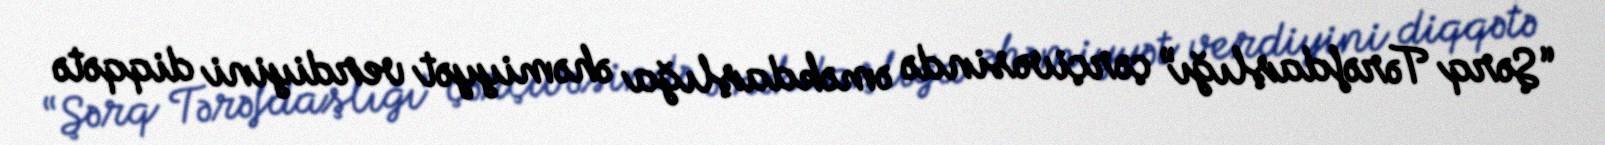
“Şərq Tərəfdaşlığı” çərçivəsində əməkdaşlığa əhəmiyyət verdiyini diqqətə